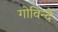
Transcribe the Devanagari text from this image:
गोविन्दै